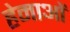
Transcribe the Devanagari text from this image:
हेमाओं